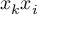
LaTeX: x _ { k } x _ { i }